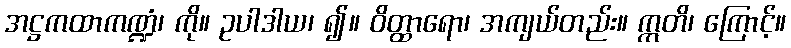
အဋ္ဌကထာကဏ္ဍံ၊ ကို။ ဥပါဒါယ၊ ၍။ ဝိတ္ထာရော၊ အကျယ်တည်း။ ဣတိ၊ ကြောင့်။